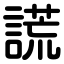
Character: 謊